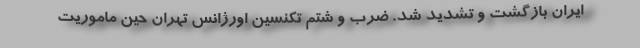
ایران بازگشت و تشدید شد. ضرب و شتم تکنسین اورژانس تهران حین ماموریت